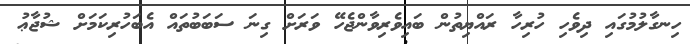
ހިނގާލުމުގައި ދިވެހި ހުރިހާ ރައްޔިތުން ބައިވެރިވާންޖެހޭ ވަރަށް ގިނަ ސަބަބުތައް އެބަހުރިކަމަށް ޝުޖާޢު